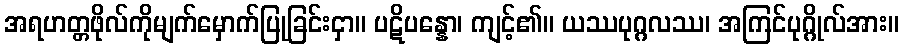
အရဟတ္တဖိုလ်ကိုမျက်မှောက်ပြုခြင်းငှာ။ ပဋိပန္နော၊ ကျင့်၏။ ယဿပုဂ္ဂလဿ၊ အကြင်ပုဂ္ဂိုလ်အား။